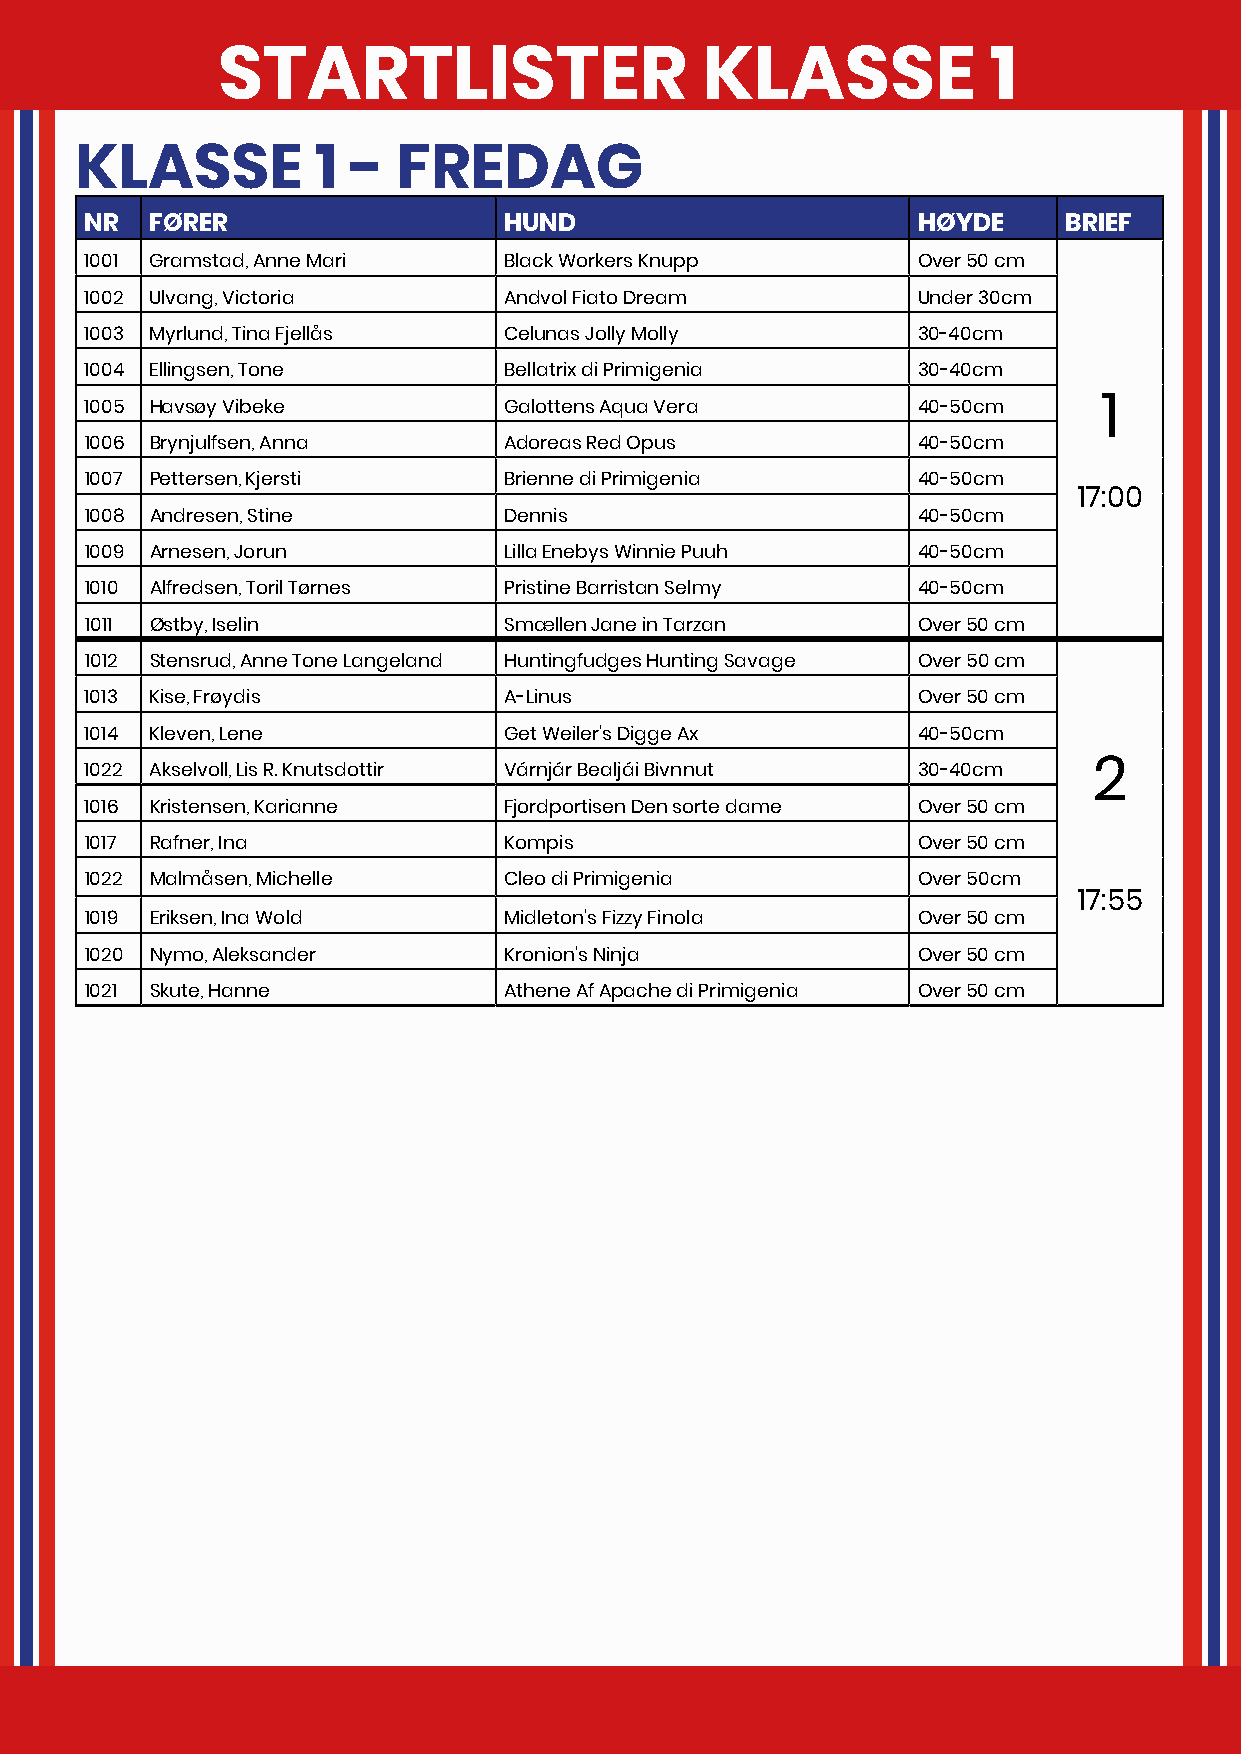
STARTLISTER                     KLASSE              1
 KLASSE          1 -  FREDAG
 NR  FØRER                  HUND                        HØYDE    BRIEF
 1001 Gramstad, Anne Mari   Black Workers Knupp         Over 50 cm
 1002 Ulvang, Victoria      Andvol Fiato Dream          Under 30cm
 1003 Myrlund, Tina Fjellås Celunas Jolly Molly         30-40cm
 1004 Ellingsen, Tone       Bellatrix di Primigenia     30-40cm
 1005 Havsøy Vibeke         Galottens Aqua Vera         40-50cm     1
 1006 Brynjulfsen, Anna     Adoreas Red Opus            40-50cm
 1007 Pettersen, Kjersti    Brienne di Primigenia       40-50cm
 17:00
 1008 Andresen, Stine       Dennis                      40-50cm
 1009 Arnesen, Jorun        Lilla Enebys Winnie Puuh    40-50cm
 1010 Alfredsen, Toril Tørnes Pristine Barristan Selmy  40-50cm
 1011 Østby, Iselin         Smællen Jane in Tarzan      Over 50 cm
 1012 Stensrud, Anne Tone Langeland Huntingfudges Hunting Savage Over 50 cm
 1013 Kise, Frøydis         A-Linus                     Over 50 cm
 1014 Kleven, Lene          Get Weiler's Digge Ax       40-50cm
 1022 Akselvoll, Lis R. Knutsdottir Várnjár Bealjái Bivnnut 30-40cm 2
 1016 Kristensen, Karianne  Fjordportisen Den sorte dame Over 50 cm
 1017 Rafner, Ina           Kompis                      Over 50 cm
 1022 Malmåsen, Michelle    Cleo di Primigenia          Over 50cm
 17:55
 1019 Eriksen, Ina Wold     Midleton's Fizzy Finola     Over 50 cm
 1020 Nymo, Aleksander      Kronion's Ninja             Over 50 cm
 1021 Skute, Hanne          Athene Af Apache di Primigenia Over 50 cm